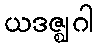
ယဒဇ္ဈဂါ